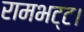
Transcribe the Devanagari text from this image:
रामभट्ट।